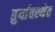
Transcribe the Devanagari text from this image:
तुर्यावस्थेत